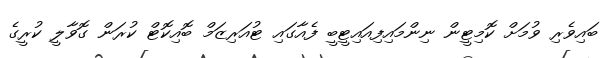
ބައިވެރި ވުމަށް ކޮމިޓީން ނިންމައިފިއައިޓީބީ ފެއާގައި ޓުއަރިޒަމް ބޮއިކޮޓް ކުރަން ގޮވާލީ ކުރީގެ